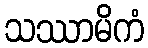
သဿာမိကံ